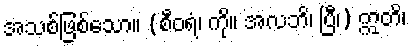
အသစ်ဖြစ်သော။ (စီဝရံ၊ ကို။ အလဘိ၊ ပြီ၊) ဣတိ၊